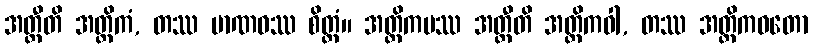
အတ္ထီတိ အတ္ထိကံ, တဿ မာဏဝဿ စိတ္တံ။ အတ္ထိကမဿ အတ္ထီတိ အတ္ထိကဝါ, တဿ အတ္ထိကဝတော